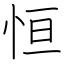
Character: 恒